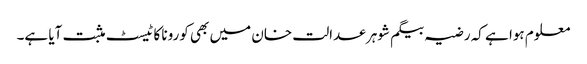
معلوم ہوا ہے کہ رضیہ بیگم شوہر عدالت خان میں بھی کورونا کا ٹیسٹ مثبت آیا ہے۔